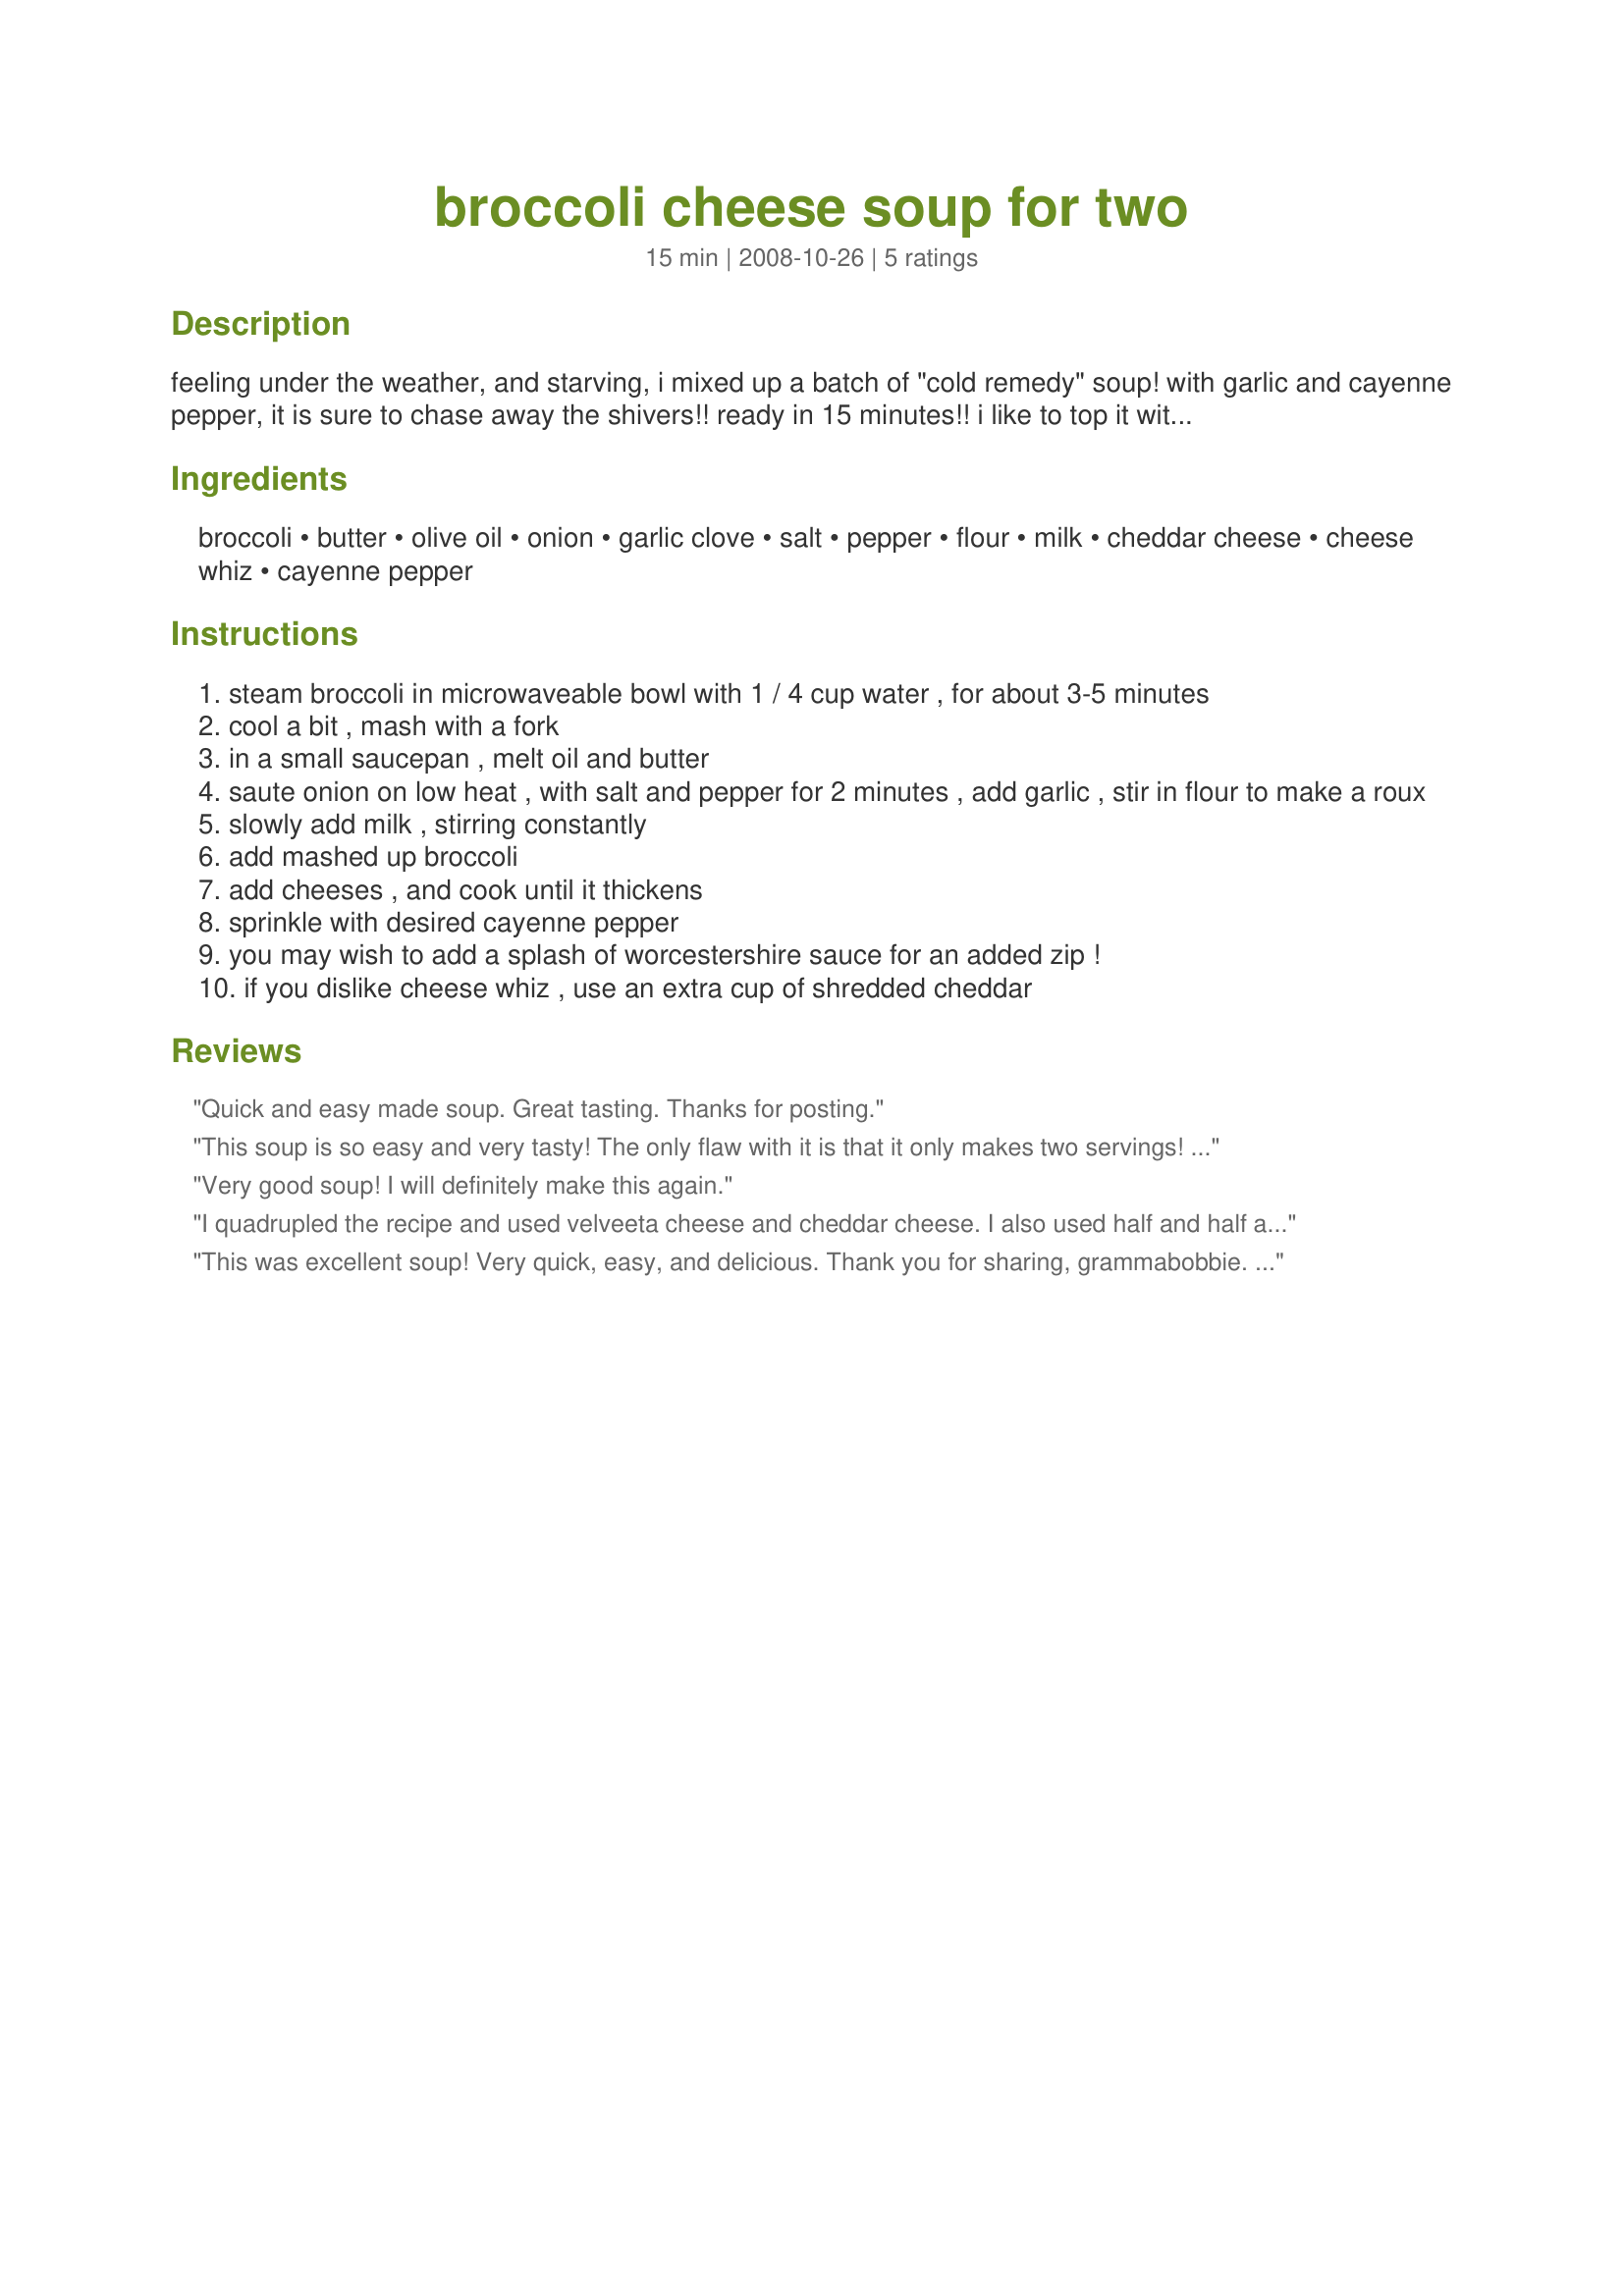
broccoli cheese soup for two
Preparation time: 15 minutes

feeling under the weather, and starving, i mixed up a batch of "cold remedy" soup! with garlic and cayenne pepper, it is sure to chase away the shivers!! ready in 15 minutes!! i like to top it with garlic croutons :)
recipe can be easily doubled or tripled.

Ingredients:
broccoli, butter, olive oil, onion, garlic clove, salt, pepper, flour, milk, cheddar cheese, cheese whiz, cayenne pepper

Steps:
steam broccoli in microwaveable bowl with 1 / 4 cup water , for about 3-5 minutes
cool a bit , mash with a fork
in a small saucepan , melt oil and butter
saute onion on low heat , with salt and pepper for 2 minutes , add garlic , stir in flour to make a roux
slowly add milk , stirring constantly
add mashed up broccoli
add cheeses , and cook until it thickens
sprinkle with desired cayenne pepper
you may wish to add a splash of worcestershire sauce for an added zip !
if you dislike cheese whiz , use an extra cup of shredded cheddar

Reviews:
Quick and easy made soup. Great tasting. Thanks for posting.
This soup is so easy and very tasty! The only flaw with it is that it only makes two servings! Luckily, it's easily doubled...I used Velveeta cheese instead of the cheese whiz because that's what I had on hand and I added closer to 3 cups of milk because my soup was getting really thick. I also threw in some chopped fresh spinach at the very end because I had some on hand. Great recipe, thanks for sharing! Made for PAC Spring 2010.
Very good soup! I will definitely make this again.
I quadrupled the recipe and used velveeta cheese and cheddar cheese. I also used half and half and whipping cream instead of milk. The soup was delicious. I used four cups of broccoli but it could stand about another 1 or 2 cups since it is mashed before putting in the liquid. Very easy recipe. I will definitely make again.
This was excellent soup! Very quick, easy, and delicious. Thank you for sharing, grammabobbie. I will be making this often and have stored it in my "keepers" file. I didn't change a thing.
